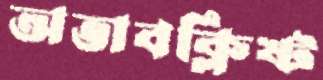
অভাবক্লিষ্ট